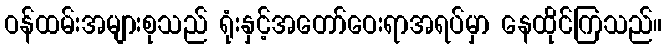
ဝန်ထမ်းအများစုသည် ရုံးနှင့်အတော်ဝေးရာအရပ်မှာ နေထိုင်ကြသည်။